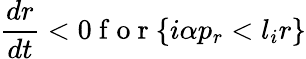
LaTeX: \frac{dr}{dt}<0\mathrm{~f~o~r~}\{ i\alpha p_{r}<l_{i}r\}